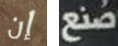
إن صنع